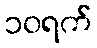
၁၀ရက်